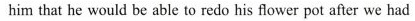
him that he would be able to redo his flower pot after we had